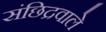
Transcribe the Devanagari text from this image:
संछिद्रवाले